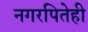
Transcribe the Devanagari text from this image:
नगरपितेही